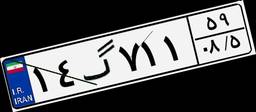
۱۴گ۷۱۱۵۹